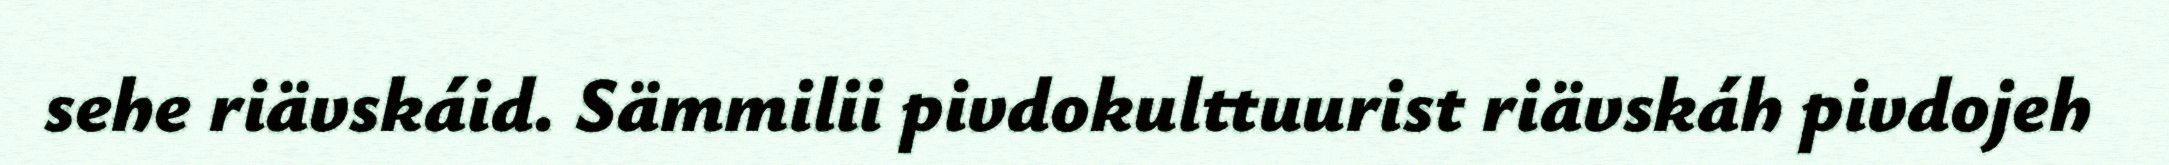
sehe riävskáid. Sämmilii pivdokulttuurist riävskáh pivdojeh